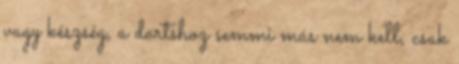
vagy készség, a dartshoz semmi más nem kell, csak